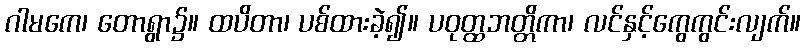
ဂါမကေ၊ တောရွာ၌။ ထပိတာ၊ ပစ်ထားခဲ့၍။ ပဝုတ္ထဘတ္တိကာ၊ လင်နှင့်ကွေကွင်းလျက်။